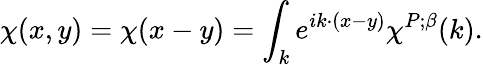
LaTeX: \chi(x,y)=\chi(x-y)=\int_{k}e^{ik\cdot(x-y)}\chi^{P;\beta}(k).